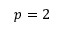
p = 2